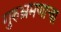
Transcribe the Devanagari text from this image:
गुरुभ्रमणाचा